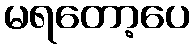
မရတော့ပေ